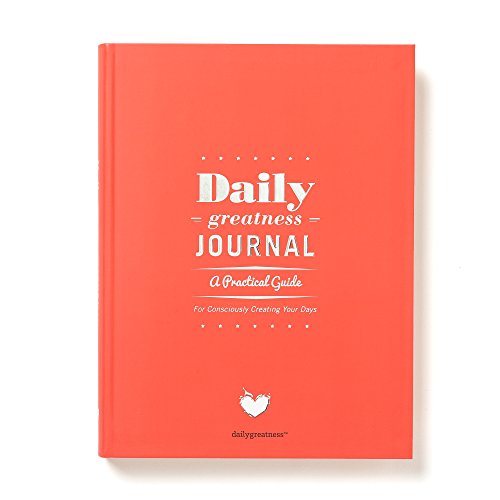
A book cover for Dailygreatness Journal: A Practical Guide For Consciously Creating Your Days; Lyndelle Palmer Clarke; Self-Help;